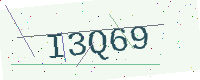
Text: I3Q69